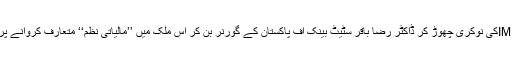
ان کی معاونت کے لئے IMFکی نوکری چھوڑ کر ڈاکٹر رضا باقر سٹیٹ بینک آف پاکستان کے گورنر بن کر اس ملک میں ’’مالیاتی نظم‘‘ متعارف کروانے پر مامور کروائے گئے ہیں۔